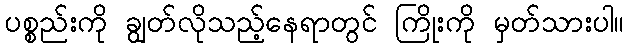
ပစ္စည်းကို ချွတ်လိုသည့်နေရာတွင် ကြိုးကို မှတ်သားပါ။